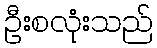
ဦးစလုံးသည်